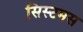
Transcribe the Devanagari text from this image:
सिस्टमस